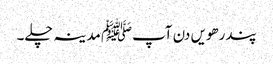
پندرھویں دن آپﷺ مدینہ چلے۔